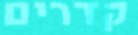
קדרים